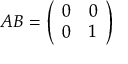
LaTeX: A B = { \left( \begin{array} { l l } { 0 } & { 0 } \\ { 0 } & { 1 } \end{array} \right) }